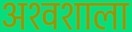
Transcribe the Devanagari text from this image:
अश्‍वशाला